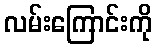
လမ်းကြောင်းကို